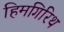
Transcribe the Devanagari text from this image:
हिमगिरिथ